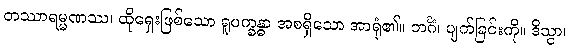
တဿာရမ္မဏဿ၊ ထိုရှေးဖြစ်သော ရူပက္ခန္ဓာ အစရှိသော အာရုံ၏။ ဘင်္ဂံ၊ ပျက်ခြင်းကို။ ဒိသွာ၊